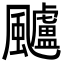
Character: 𩙙